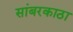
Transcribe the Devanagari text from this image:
सांबरकाठा